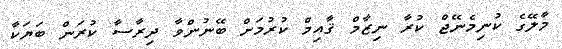
މާލޭގެ ކުނިމެނޭޖް ކުރާ ނިޒާމް ޤާއިމް ކުރުމަށް ބޭނުންވާ ދިރާސާ ކުރަން ބަޔަކާ